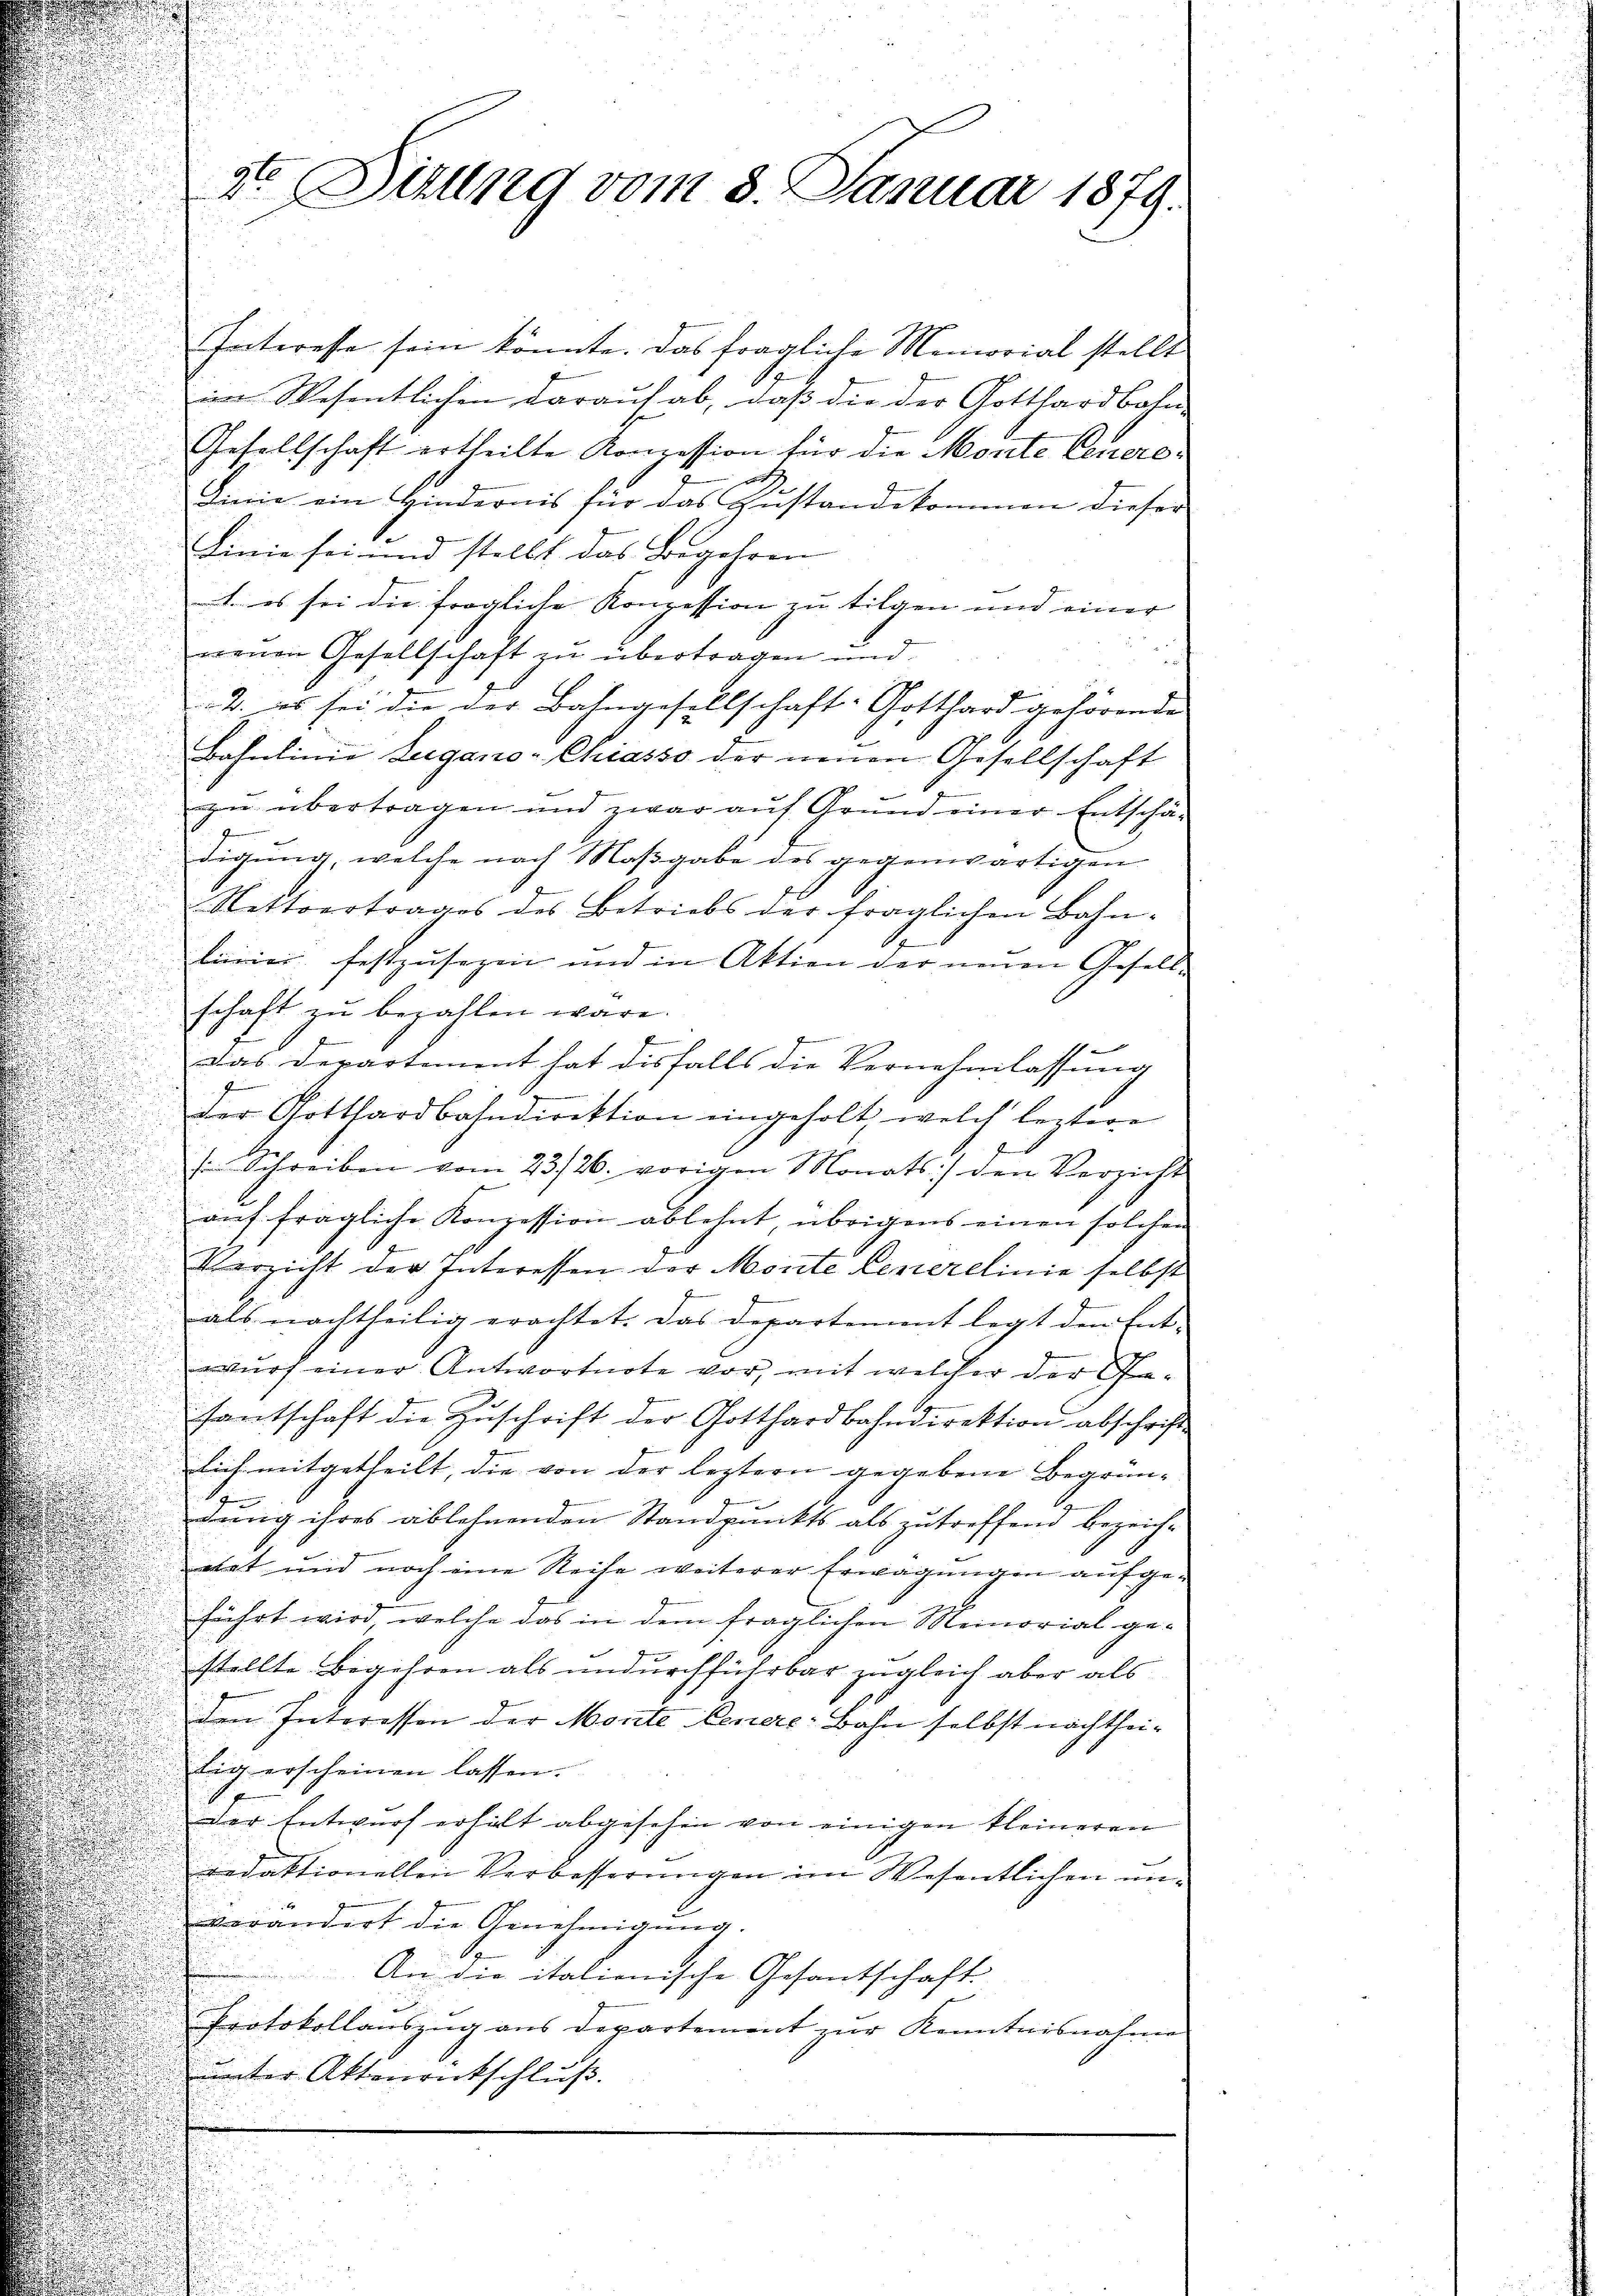
Interesse sein könnte. Das fragliche Memorial stellt
im Wesentlichen darauf ab, daß die der Gotthardbahn-
Gesellschaft ertheilte Konzession für die Monte Genere¬
Linie ein Hindernis für das Gestandekommen dieser
Linie sei und stellt das Begehren
1. es sei die fragliche Konzession zu tilgen und einer |
neuen Gesellschaft zu übertragen und
i
2. es sei die der Bahngesellschaft Gotthard gehörende
Bahnlinie Zugano-Chiasso der neuen Gesellschaft
zŭ übertragen und zwar aŭf Grŭnd einer Entschäf
J
digung, welche nach Maßgabe des gegenwärtigen
Rettvertrages des Betriebs der fraglichen Bahn-
linier festzusezen und in Aktion der neuen Gesell-
schaft zŭ bezahlen wäre.
f
Das Departement hat diesfalls die Vernehmlassung
der Gotthardbahndirektion eingeholt, welch leztere
g
s Schreiben vom 23./26. vorigen Monats den Verzicht
auf fragliche Konzession ablehnt, übrigens einen solchen
Verzicht der Interessen der Monte Generelinie selbst
als nachtheilig erachtet. Das Departement legt den Ent-
wurf einer Antwortnote vor, mit welcher der Gesantschaft die Zŭschrift der Gotthardbahndirektion abschrift
lich mitgetheilt, die von der leztern gegebene Begrün- |
dung ihres ablehnenden Standpunkts als zu treffend bezeich-
nat und noch eine Reihe weiterer Erwägungen aufgeführt wird, welche das in dem fraglichen Memorial ge-
stellte Begehren als undurchführbar zugleich aber als
den Interessen der Monte Feuere Bahn selbst nachtheitig erscheinen lassen.
.
Der Entwurf erhält abgesehen von einigen kleineren
redaktionellen Verbesserungen im Wesentlichen unverändert die Genehmigung.
An die italienische Gesantschaft.
Protokollaŭszŭg ans Departement zŭr Kenntnisnahme
unter Ottenrückschluß.

2te Situng vom 3. Januar 1879.